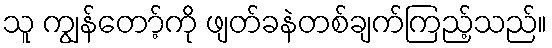
သူ ကျွန်တော့်ကို ဖျတ်ခနဲတစ်ချက်ကြည့်သည်။